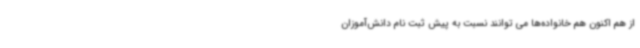
از هم اکنون هم خانواده‌ها می توانند نسبت به پیش ثبت نام دانش‌آموزان